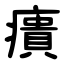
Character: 㿉